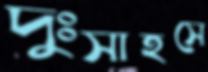
দুঃসাহসে